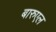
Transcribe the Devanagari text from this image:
बारुएल